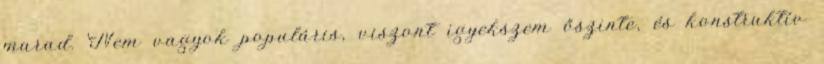
marad. Nem vagyok populáris, viszont igyekszem őszinte, és konstruktív